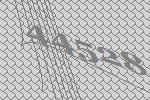
44528